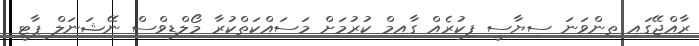
ރާއްޖޭގައި ތިންވަނަ ސިޔާސީ ފިކުރެއް ގާއިމް ކުރުމަށް މަސައްކަތްކުރާ މޯލްޑިވްސް ނޭޝަނަލް ޕާޓީ